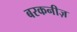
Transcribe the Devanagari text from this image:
बरकनीज़